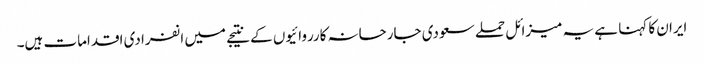
ایران کا کہنا ہے یہ میزائل حملے سعودی جارحانہ کارروائیوں کے نتیجے میں انفرادی اقدامات ہیں۔